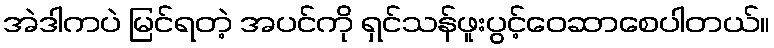
အဲဒါကပဲ မြင်ရတဲ့ အပင်ကို ရှင်သန်ဖူးပွင့်ဝေဆာစေပါတယ်။